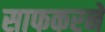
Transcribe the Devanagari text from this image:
साफकरने